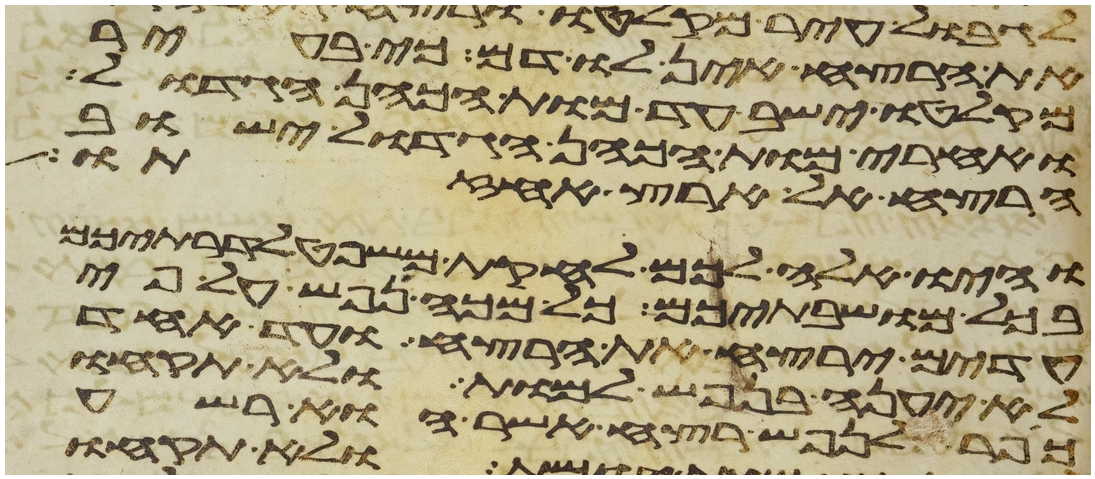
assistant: את הרצח אין לו דם כי בעיר
מקלטו ישב עד מות הכהן הגדול
ואחרי מות הכהן הגדול ישוב
הרצח אל ארץ אחזתו
והיו אלה לכם לחקת משפט לדרתיכם
בכל מושבתיכם כל מכה נפש לפי
עדים ירצח את הרצח ועד אחד
לא יענה בנפש למות ולא תקחו
כפר לנפש רצח אשר הוא רשע